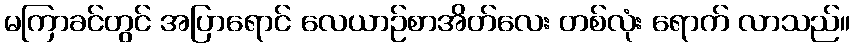
မကြာခင်တွင် အပြာရောင် လေယာဉ်စာအိတ်လေး တစ်လုံး ရောက် လာသည်။